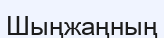
Шыңжаңның